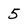
Character: 5